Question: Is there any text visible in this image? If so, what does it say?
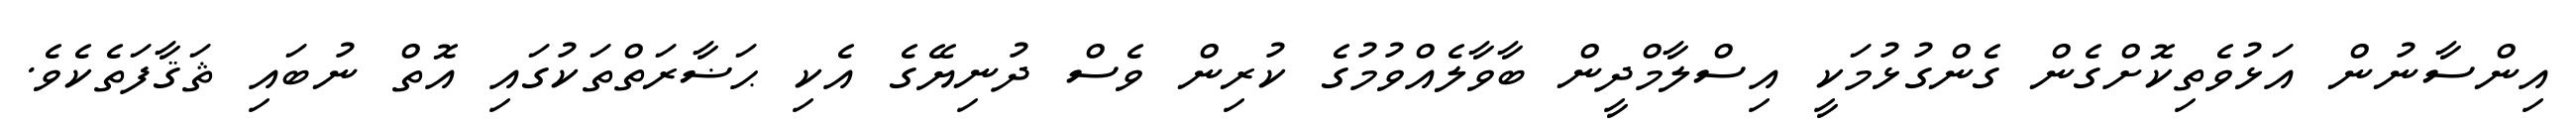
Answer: އިންސާނުން އަޅުވެތިކޮށްގެން ގެންގުޅުމަކީ އިސްލާމްދީން ބާވާލެއްވުމުގެ ކުރިން ވެސް ދުނިޔޭގެ އެކި ޙަޟާރަތްތަކުގައި އޮތް ނުބައި ޘަޤާފަތެކެވެ.